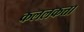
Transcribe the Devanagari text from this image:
कललकत्ता